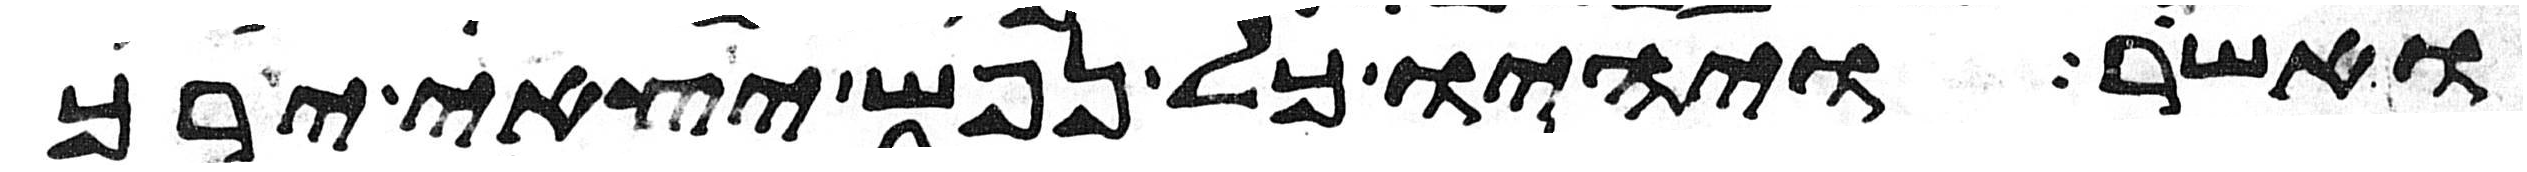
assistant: ואשר ויהיו כל נפש יצאי ירך